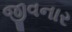
જીવનાર